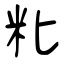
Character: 粃